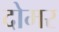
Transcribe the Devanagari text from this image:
दोमर